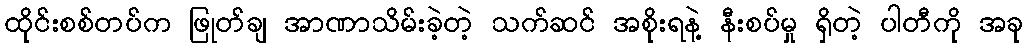
ထိုင်းစစ်တပ်က ဖြုတ်ချ အာဏာသိမ်းခဲ့တဲ့ သက်ဆင် အစိုးရနဲ့ နီးစပ်မှု ရှိတဲ့ ပါတီကို အခု